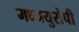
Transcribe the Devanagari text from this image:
मध्ययुरोपी